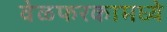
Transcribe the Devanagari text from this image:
वेळफरकामध्ये